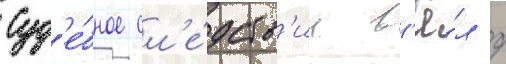
Суд'е́бное сл'е́дств'ие в'ё́л д